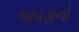
બાવડાનો